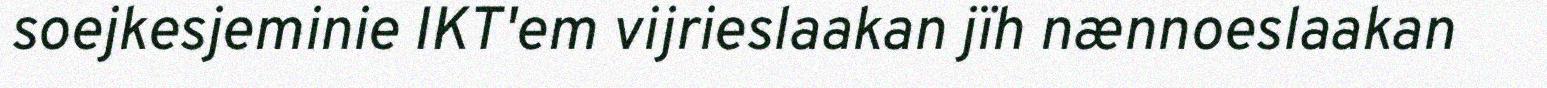
soejkesjeminie IKT'em vijrieslaakan jïh nænnoeslaakan